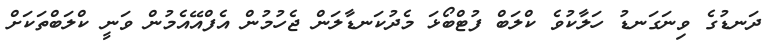
ދަނޑުގެ ވިނަގަނޑު ހަލާކުވެ ކްލަބް ފުޓްބޯޅަ މެދުކަނޑާލަން ޖެހުމުން އެފްއޭއެމުން ވަނީ ކްލަބްތަކަށް